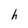
Character: h